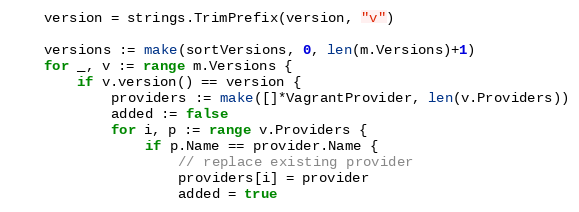
Language: Go
	version = strings.TrimPrefix(version, "v")

	versions := make(sortVersions, 0, len(m.Versions)+1)
	for _, v := range m.Versions {
		if v.version() == version {
			providers := make([]*VagrantProvider, len(v.Providers))
			added := false
			for i, p := range v.Providers {
				if p.Name == provider.Name {
					// replace existing provider
					providers[i] = provider
					added = true